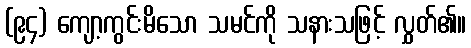
(၉၄) ကျော့ကွင်းမိသော သမင်ကို သနားသဖြင့် လွှတ်၏။